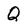
Character: Q